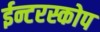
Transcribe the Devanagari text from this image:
ईन्टरस्कोप